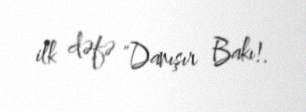
ilk dəfə "Danışır Bakı!.